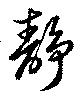
静